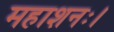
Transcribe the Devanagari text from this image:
महाशनः।